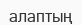
алаптың